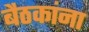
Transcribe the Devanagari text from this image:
बैठकांना